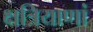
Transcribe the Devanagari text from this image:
क्षत्रियाणां